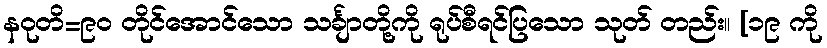
နဝုတိ=၉၀ တိုင်အောင်သော သင်္ချာတို့ကို ရုပ်စီရင်ပြသော သုတ် တည်း။ [၁၉ ကို